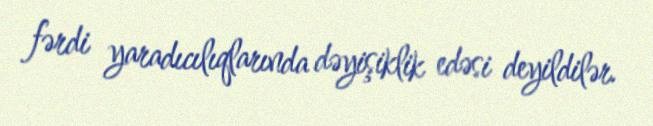
fərdi yaradıcılıqlarında dəyişiklik edəsi deyildilər.